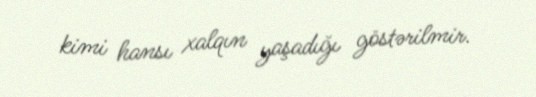
kimi hansı xalqın yaşadığı göstərilmir.